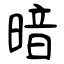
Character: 暗